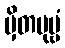
မှိတပုဗ္ဗံ